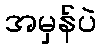
အမှန်ပဲ